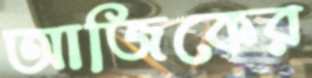
আজিকের